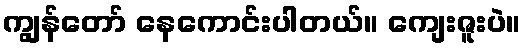
ကျွန်တော် နေကောင်းပါတယ်။ ကျေးဇူးပဲ။